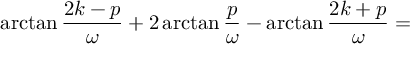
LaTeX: \arctan \frac { 2 k - p } { \omega } + 2 \arctan \frac { p } { \omega } - \arctan \frac { 2 k + p } { \omega } =